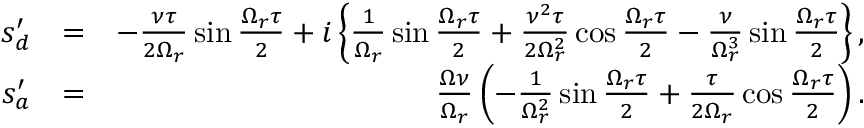
\begin{array} { r l r } { s _ { d } ^ { \prime } } & { = } & { - \frac { \nu \tau } { 2 \Omega _ { r } } \sin \frac { \Omega _ { r } \tau } { 2 } + i \left\{ \frac { 1 } { \Omega _ { r } } \sin \frac { \Omega _ { r } \tau } { 2 } + \frac { \nu ^ { 2 } \tau } { 2 \Omega _ { r } ^ { 2 } } \cos \frac { \Omega _ { r } \tau } { 2 } - \frac { \nu } { \Omega _ { r } ^ { 3 } } \sin \frac { \Omega _ { r } \tau } { 2 } \right\} , } \\ { s _ { a } ^ { \prime } } & { = } & { \frac { \Omega \nu } { \Omega _ { r } } \left( - \frac { 1 } { \Omega _ { r } ^ { 2 } } \sin \frac { \Omega _ { r } \tau } { 2 } + \frac { \tau } { 2 \Omega _ { r } } \cos \frac { \Omega _ { r } \tau } { 2 } \right) . } \end{array}